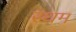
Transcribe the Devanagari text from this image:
रथम